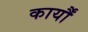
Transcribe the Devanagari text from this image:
कार्यौं